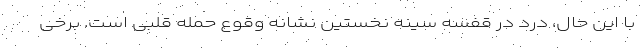
با این حال، درد در قفسه سینه نخستین نشانه وقوع حمله قلبی است. برخی